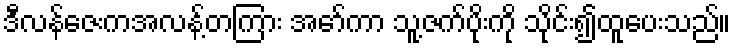
ဒီလန်ဇေးကအလန့်တကြား အော်ကာ သူ့ဇက်ပိုးကို သိုင်း၍ထူပေးသည်။